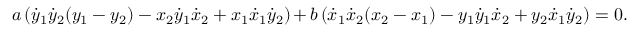
a \left( { \dot { y } } _ { 1 } { \dot { y } } _ { 2 } ( y _ { 1 } - y _ { 2 } ) - x _ { 2 } { \dot { y } } _ { 1 } { \dot { x } } _ { 2 } + x _ { 1 } { \dot { x } } _ { 1 } { \dot { y } } _ { 2 } \right) + b \left( { \dot { x } } _ { 1 } { \dot { x } } _ { 2 } ( x _ { 2 } - x _ { 1 } ) - y _ { 1 } { \dot { y } } _ { 1 } { \dot { x } } _ { 2 } + y _ { 2 } { \dot { x } } _ { 1 } { \dot { y } } _ { 2 } \right) = 0 .